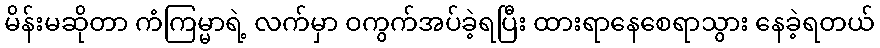
မိန်းမဆိုတာ ကံကြမ္မာရဲ့ လက်မှာ ဝကွက်အပ်ခဲ့ရပြီး ထားရာနေစေရာသွား နေခဲ့ရတယ်